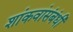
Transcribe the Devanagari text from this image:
शांकवांसंबंधी